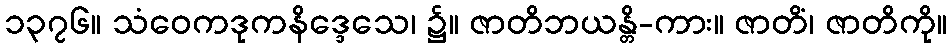
၁၃၇၆။ သံဝေကဒုကနိဒ္ဒေသေ၊ ၌။ ဇာတိဘယန္တိ-ကား။ ဇာတိံ၊ ဇာတိကို။